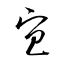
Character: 宜